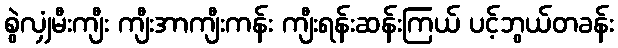
စွဲလျှံမီးကျီး ကျီးအာကျီးကန်း ကျီးရန်းဆန်းကြယ် ပင့်ဘွယ်တခန်း